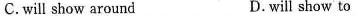
C. will show around D. will show to